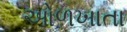
ઓળખાતા